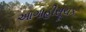
આગાહીસૂચક